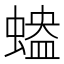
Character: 𧏱